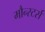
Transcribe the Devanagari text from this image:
मौन्स्टर्स